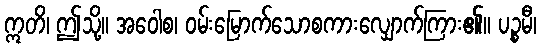
ဣတိ၊ ဤသို့။ အဝေါစ၊ ဝမ်းမြောက်သောစကားလျှောက်ကြား၏။ ပဉ္စမီ၊